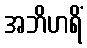
အဘိဟရိံ